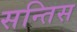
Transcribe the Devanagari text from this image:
सन्तिस